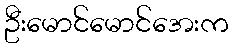
ဦးမောင်မောင်အေးက